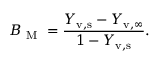
B _ { \mathrm { ~ M ~ } } = \frac { Y _ { \mathrm { v , s } } - Y _ { \mathrm { v , \infty } } } { 1 - Y _ { \mathrm { v , s } } } .